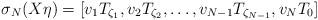
LaTeX: \begin{align*}\sigma_N (X \eta ) = [v_1 T_{\zeta_1} , v_2 T_{\zeta_2} , \ldots , v_{N-1} T_{\zeta_{N-1}} , v_N T_0]\end{align*}